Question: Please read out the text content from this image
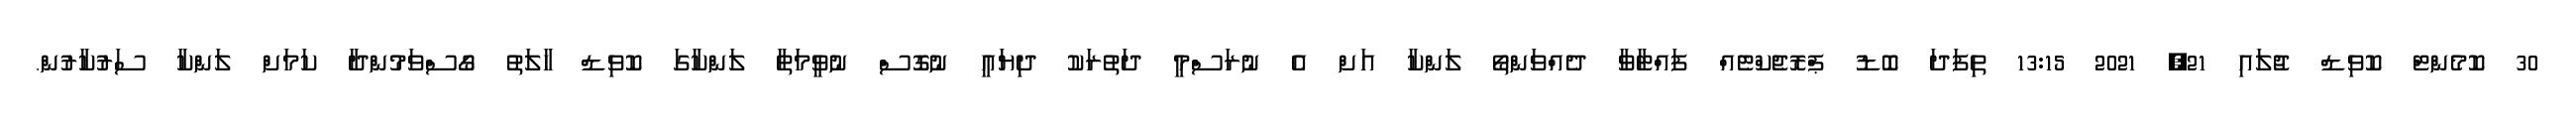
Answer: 30 ކޮމެންޓް ކޮވިޑް ޖުލައި 21, 2021 13:15 ތިފަދަ ބޮޑު ޕްރޮޖެކްޓެއް ފައްޓާވާ ދެއްވަންތޯ ލަންކާ އަށް އެ ނުރަސްމީ ދަތުރަކު ދިޔައީ ނުގޮސް ނުވީމަތާ ލަންކާގަ ކޮވިޑް ހާލަތު ގޯސްވަމުންދާ ކަމަށް ލަންކާ ސަރުކާރުން.